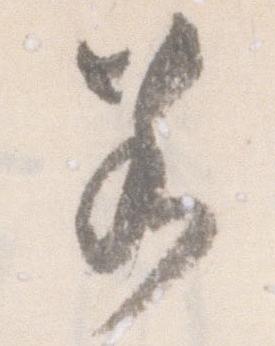
若